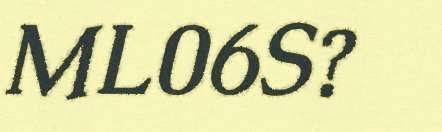
ML06S?